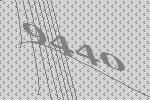
9440